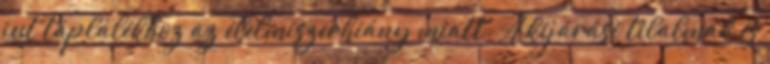
jut táplálékhoz az élelmiszerhiány miatt. A kijárási tilalmak és